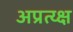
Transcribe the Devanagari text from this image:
अप्रत्य्क्ष